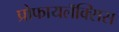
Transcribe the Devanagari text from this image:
प्रोफायलॅक्सिस